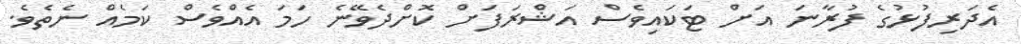
އެދަރިފުޅުގެ ފުރާނަ އަށް ޓަކައިވެސް އަޝްރަފަށް ކޮށްދެވޭނެ ހަމަ އެއްވެސް ކަމެއް ނެތެވެ.